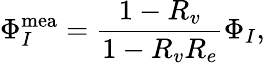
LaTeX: \Phi_{I}^{\mathrm{mea}}=\frac{1-R_{v}}{1-R_{v}R_{e}}\Phi_{I},